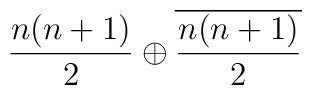
\frac{n(n+1)}{2} \oplus \overline{\frac{n(n+1)}{2}}